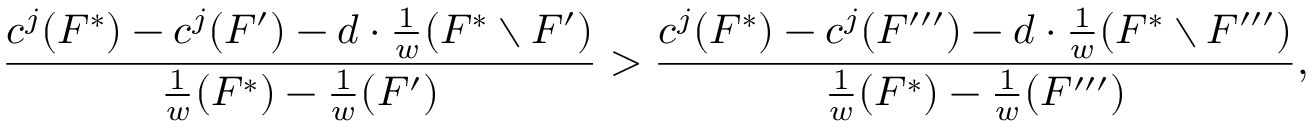
\frac { c ^ { j } ( F ^ { * } ) - c ^ { j } ( F ^ { \prime } ) - d \cdot \frac { 1 } { w } ( F ^ { * } \setminus F ^ { \prime } ) } { \frac { 1 } { w } ( F ^ { * } ) - \frac { 1 } { w } ( F ^ { \prime } ) } > \frac { c ^ { j } ( F ^ { * } ) - c ^ { j } ( F ^ { \prime \prime \prime } ) - d \cdot \frac { 1 } { w } ( F ^ { * } \setminus F ^ { \prime \prime \prime } ) } { \frac { 1 } { w } ( F ^ { * } ) - \frac { 1 } { w } ( F ^ { \prime \prime \prime } ) } ,